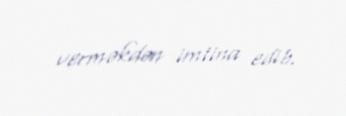
verməkdən imtina edib.